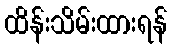
ထိန်းသိမ်းထားရန်